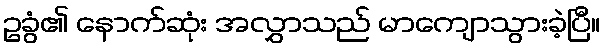
ဥခွံ၏ နောက်ဆုံး အလွှာသည် မာကျောသွားခဲ့ပြီ။